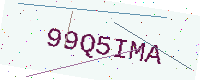
Text: 99Q5IMA